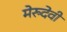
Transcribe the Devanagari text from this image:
मेरुदेवी